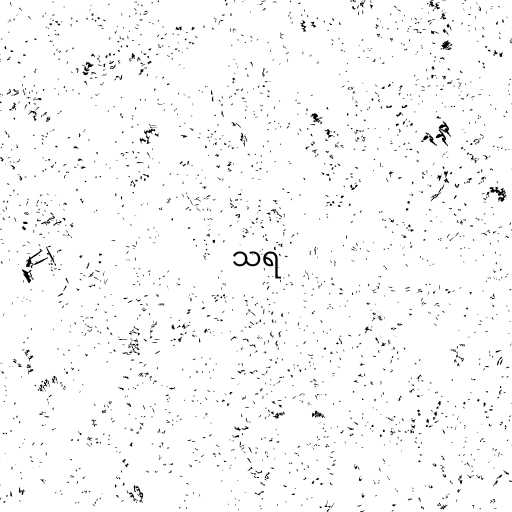
သရ